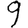
Digit: 9